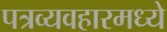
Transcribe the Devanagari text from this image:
पत्रव्यवहारमध्ये